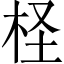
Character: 柽